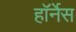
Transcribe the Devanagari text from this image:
हॉर्नेस